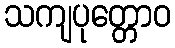
သကျပုတ္တောဝ